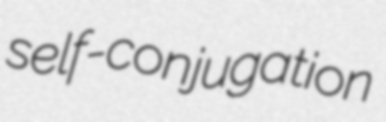
self-conjugation